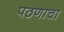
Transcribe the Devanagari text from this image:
पठणाचा